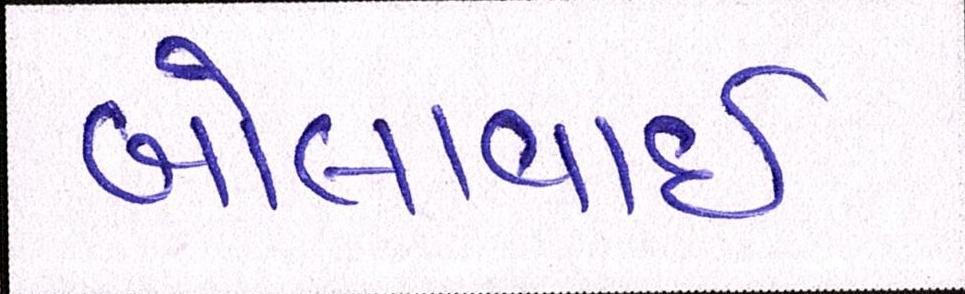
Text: બોલાવાઇ